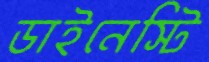
ডাইনেস্টি